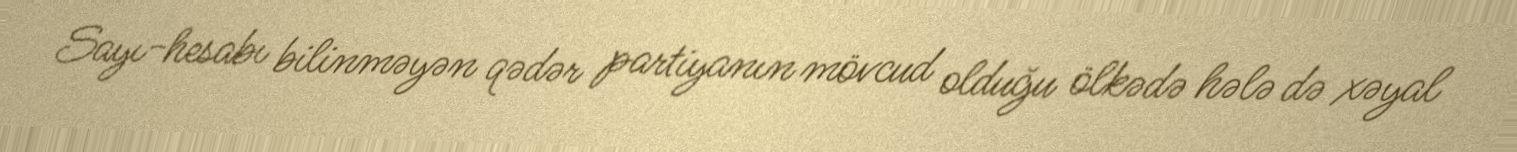
Sayı-hesabı bilinməyən qədər partiyanın mövcud olduğu ölkədə hələ də xəyal